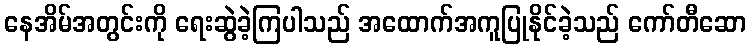
နေအိမ်အတွင်းကို ရေးဆွဲခဲ့ကြပါသည် အထောက်အကူပြုနိုင်ခဲ့သည် ကော်တီဆော